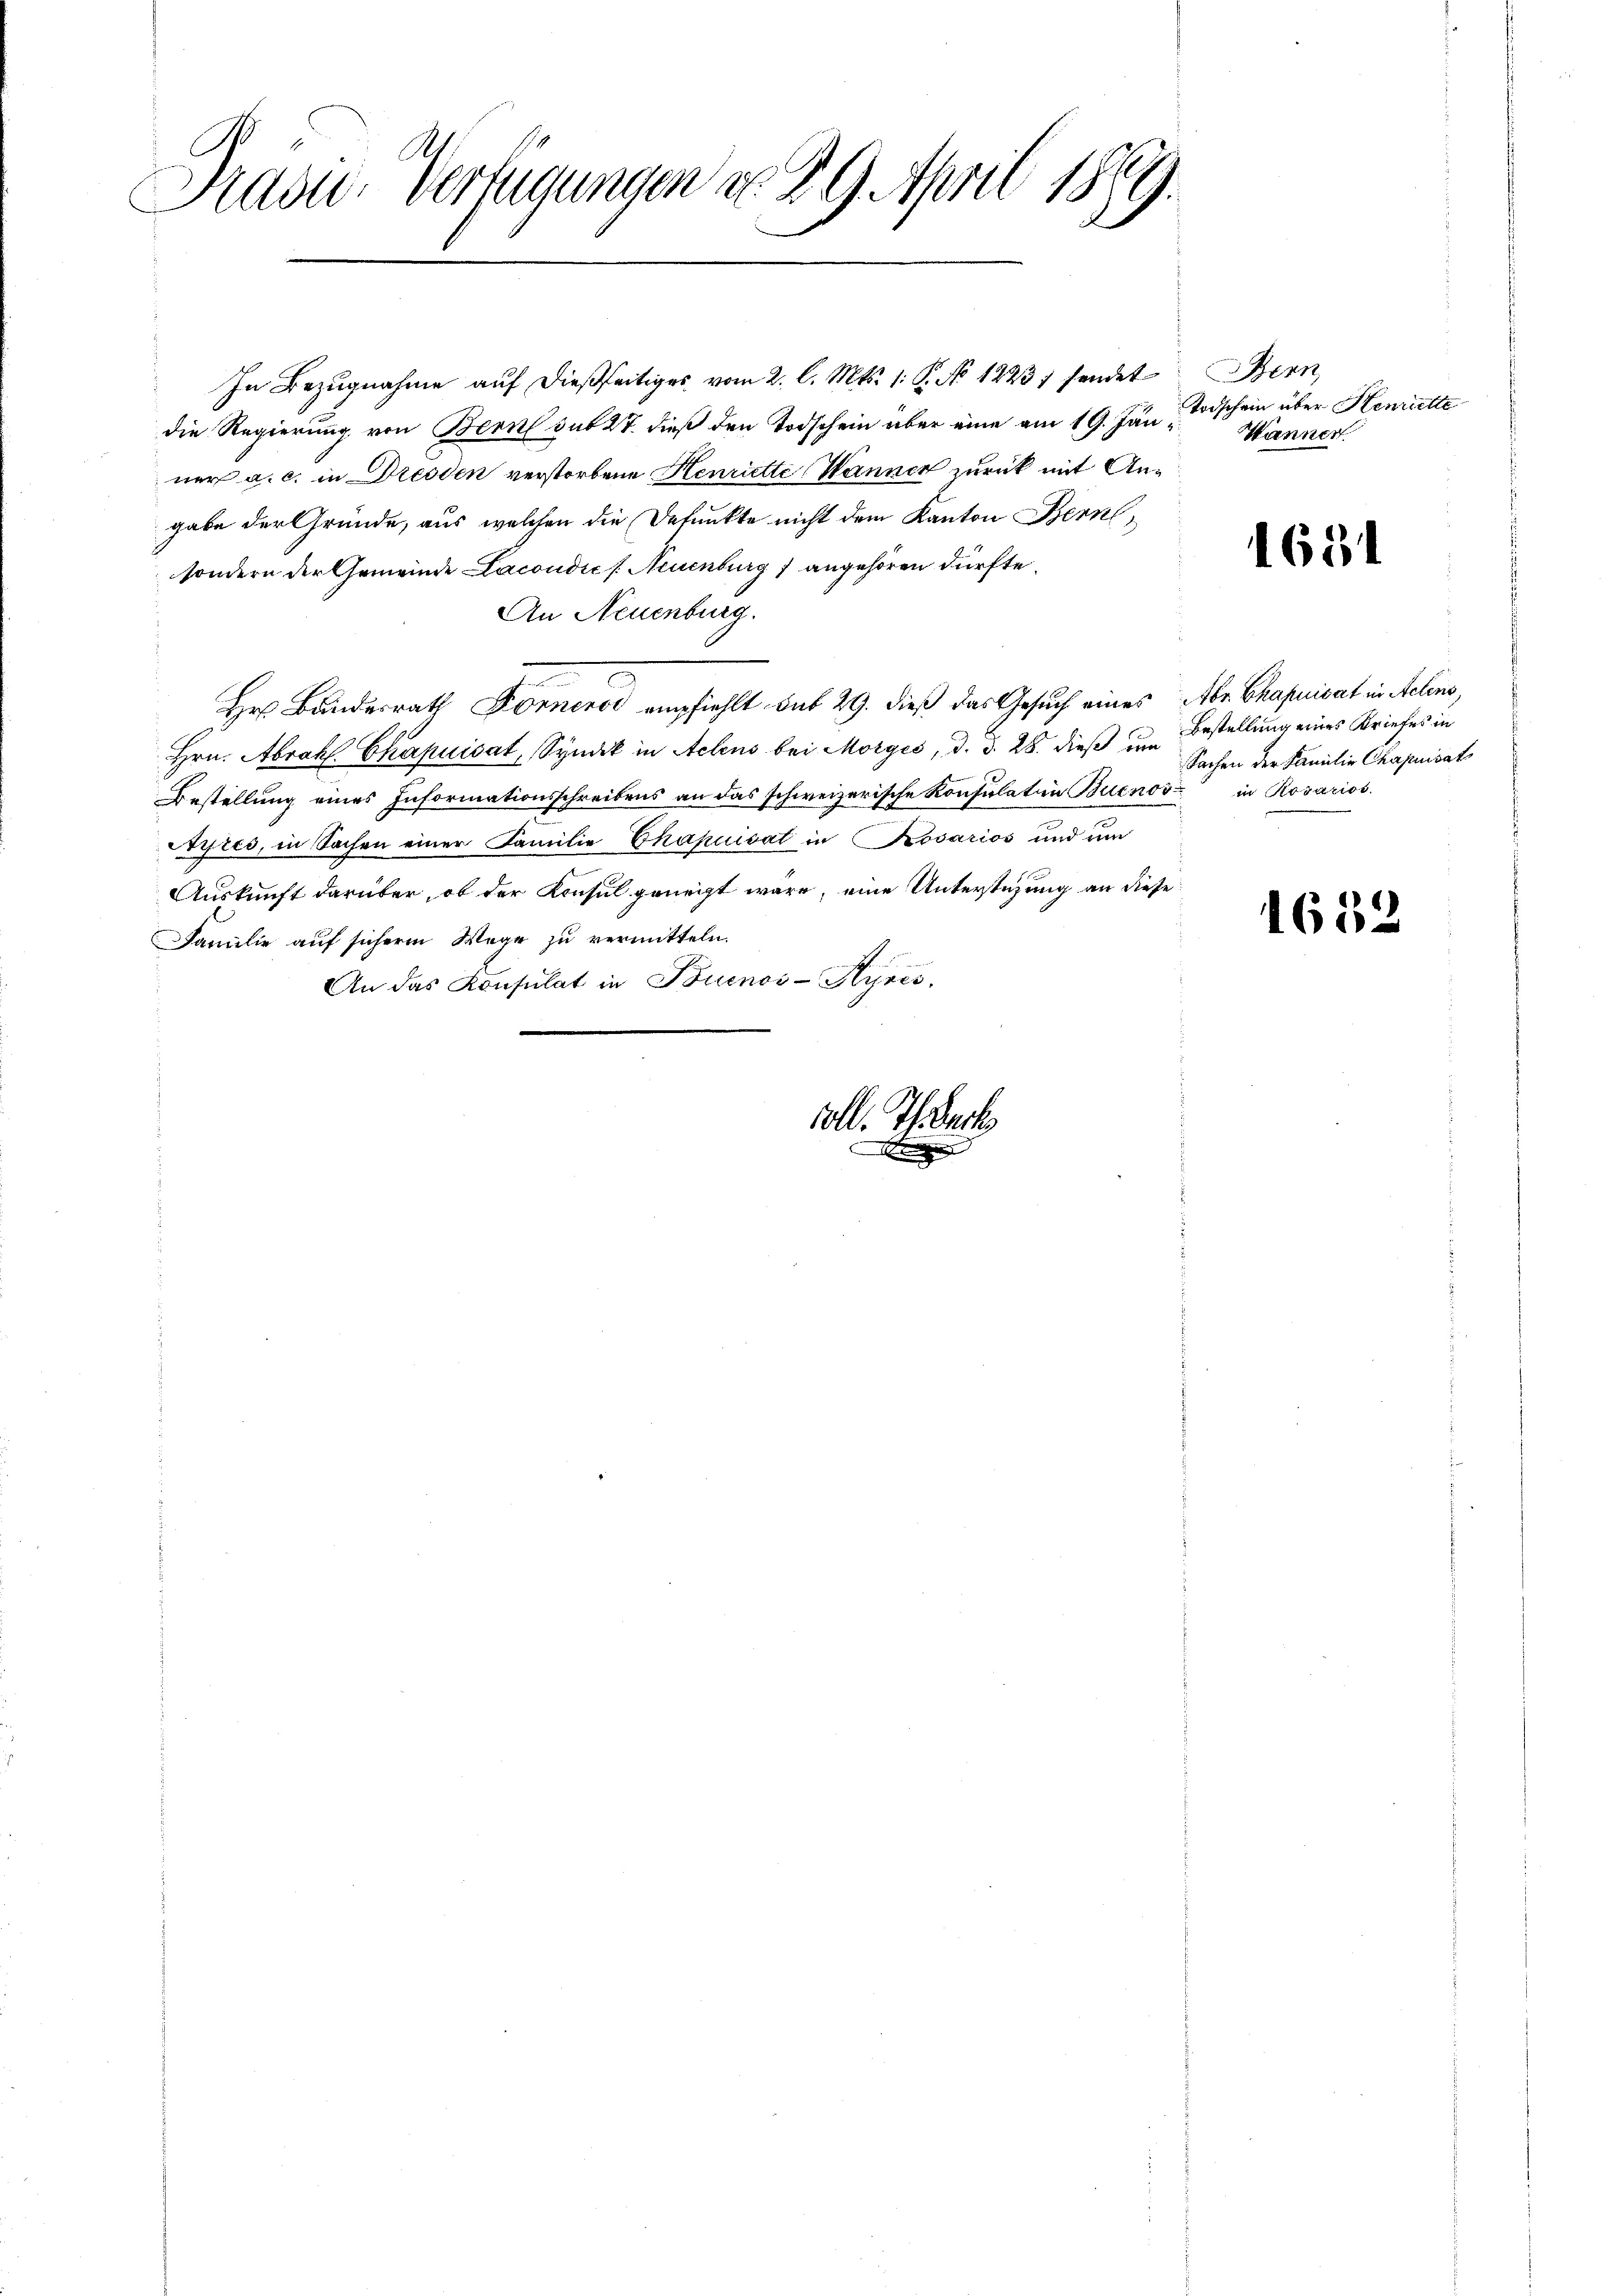
Präsid.- Verfügungen d. 29. April 1869.

In Bezugnahme auf dießseitiges vom 2. l. Mts. 1. P. No 1223) sendet
die Regierung von Bern sub 27. dieß den Todschein aber eine am 19. Jän.
ner a. c. in Dresden verstorbene Henriette Wanner zurück mit Angabe der Gründe, aus welchen die Defunkte nicht dem Kanton Bern
sondern der Gemeinde Lacondić /: Neuenburg 1 angehören dürfte.
An Neuenburg.
Hr. Bundesrath Donnerer empfiehlt sub 29. dieß das Gesuch eines Aber Chapuidat in Actens,
Hrn. Abrahl Ekapuidat, Syndik in Actens bei Morges, d. d. 28. dieß um
Bestellung eines Informationsschreibens an das schweizerische Konsulation Buenos in Rosarios.
Ayres, in Sachen einer Familie Chapuisat in Kosarios und um
Auskunft darüber, ob der Konsul geneigt wäre, eine Unterstüzung an diese
Familie auf sicherm Wege zu vermitteln.
An das Konsulat in Buenos-Ayres

oll. Th. Bach

A

Bern
Todschein über Henriette
Wänner

1621

Bestellung eines Briefes in
Sachen der Familie Chapuisat

1652